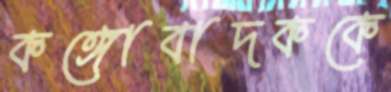
কঙ্গোবাদককে